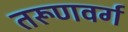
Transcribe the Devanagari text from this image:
तरूणवर्ग